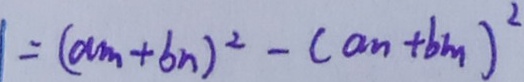
= ( a m + b n ) ^ { 2 } - ( a n + b m ) ^ { 2 }